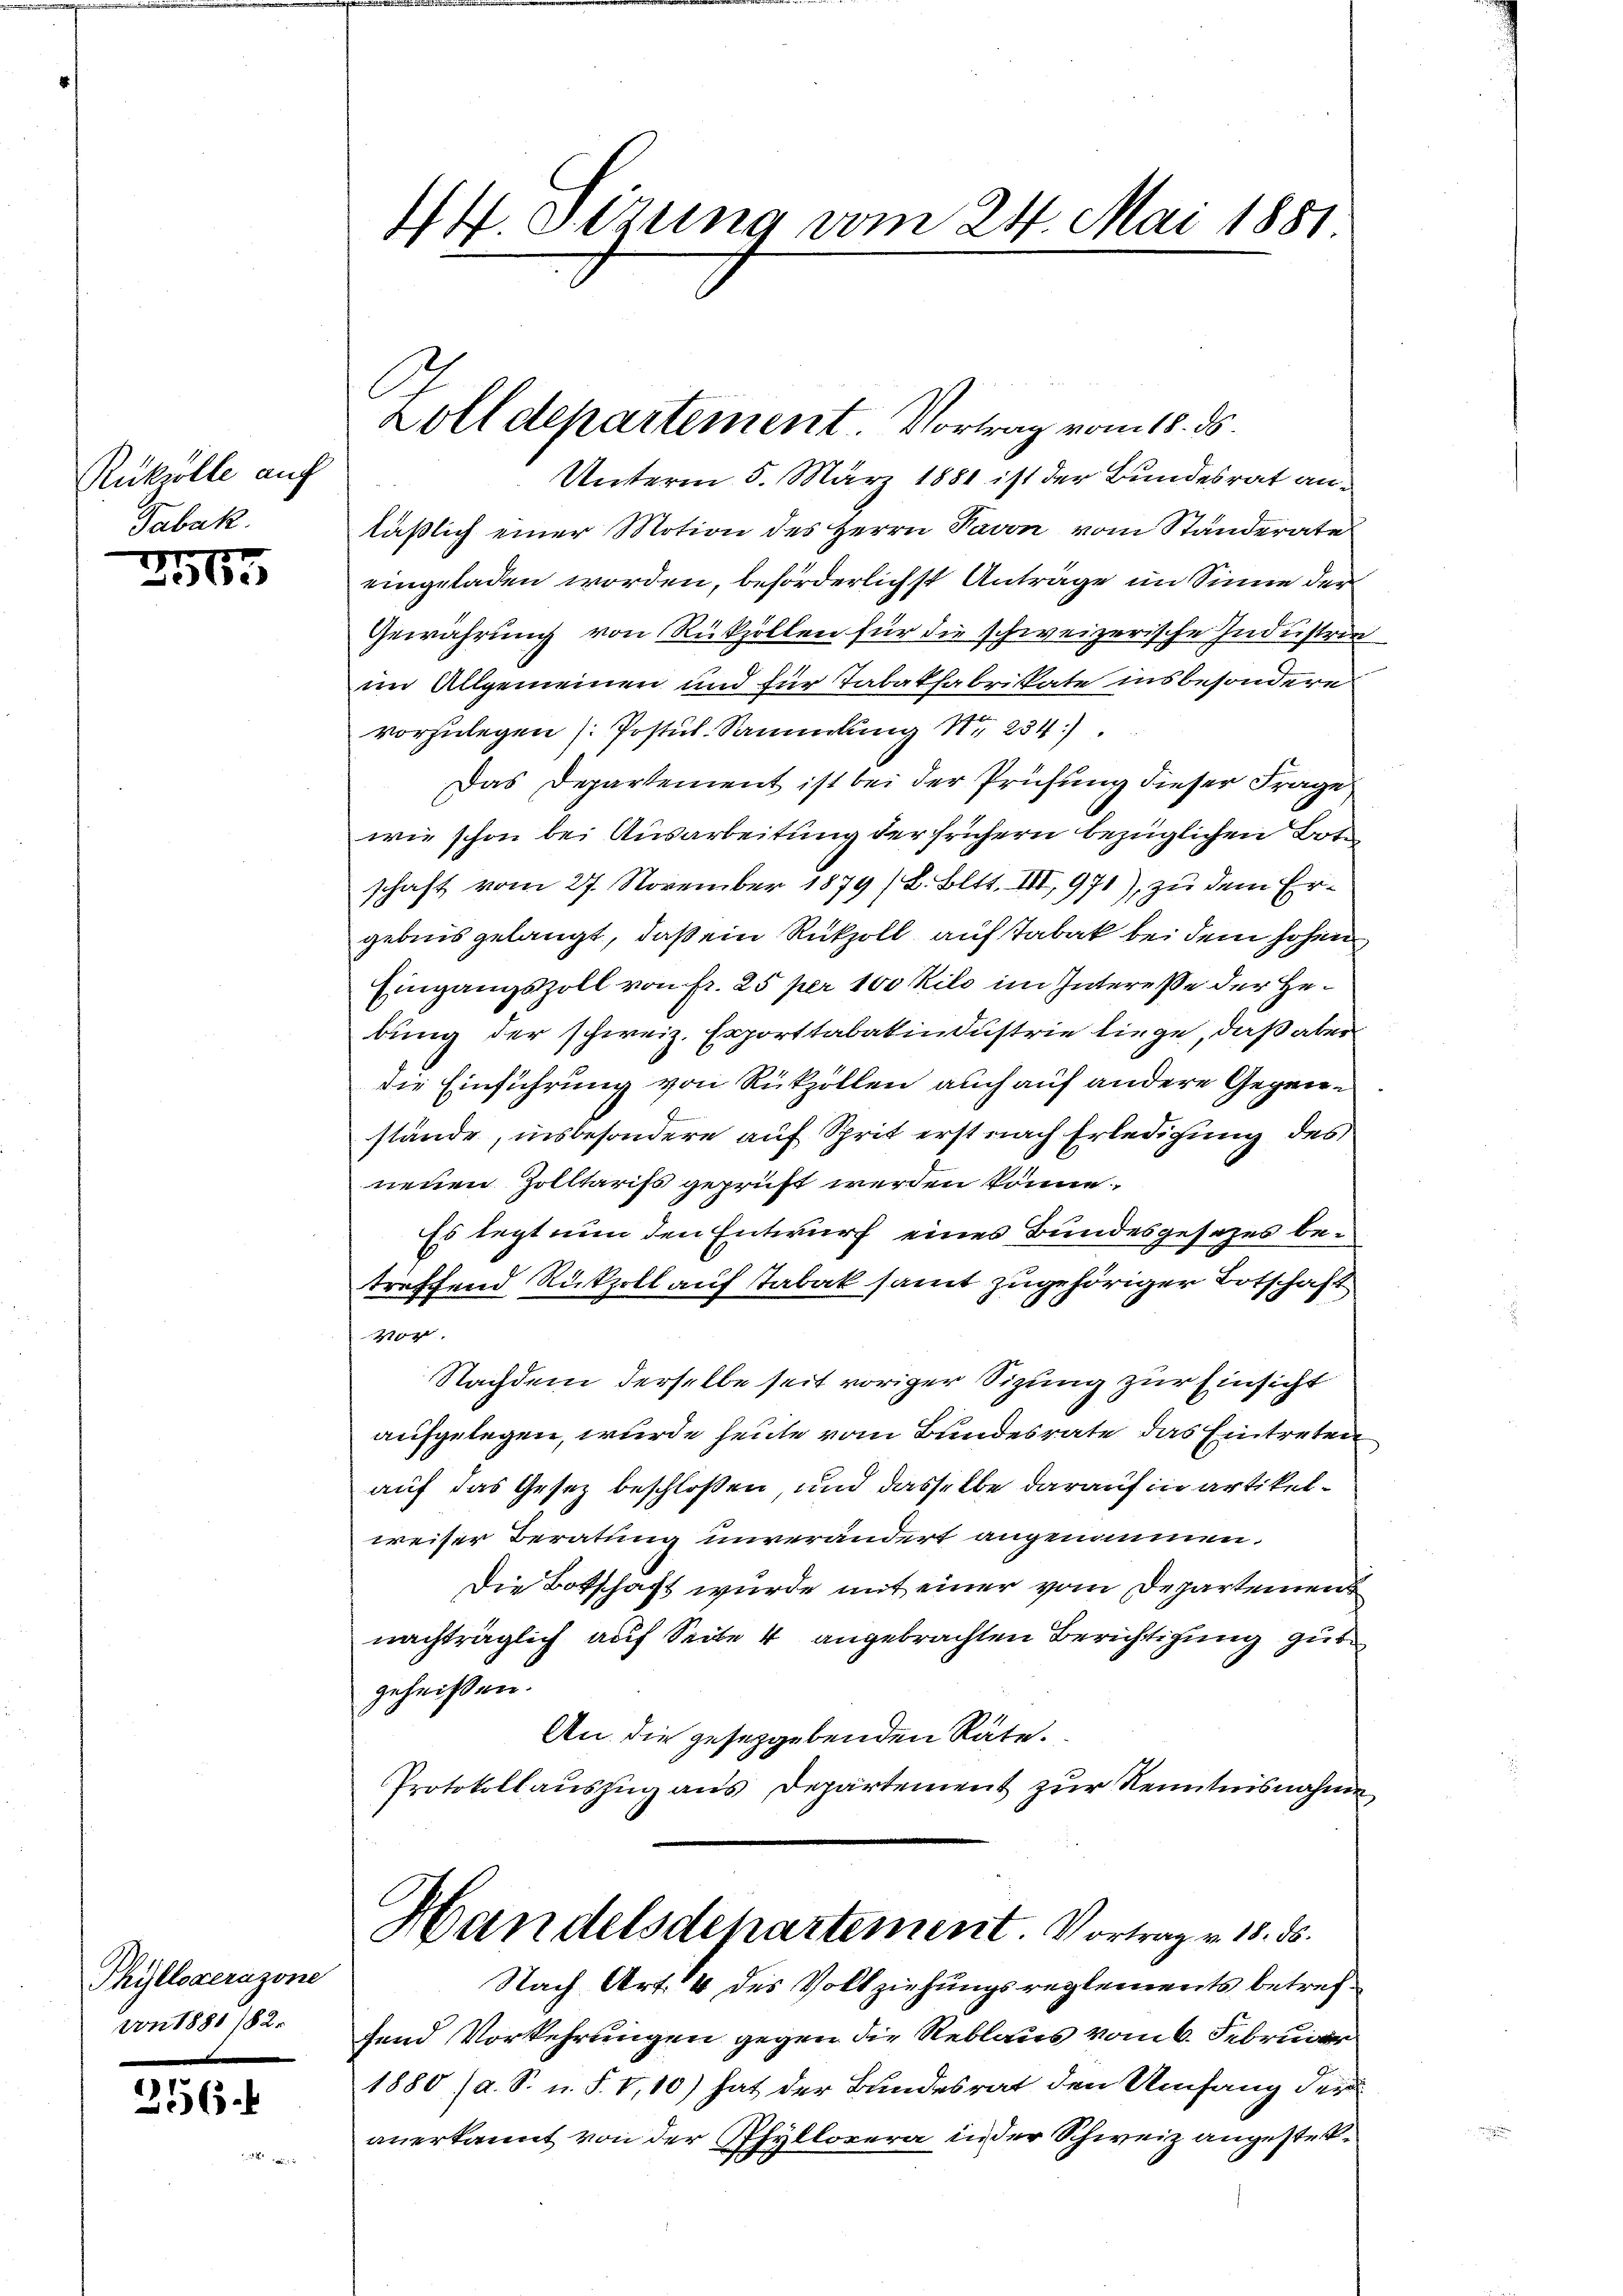
Rukvolle auf
Tabak.

3565

Phyllocerazone
von 1881/82.

256.

4. Stzung vom 24. Mai 1881
.

Zolldepartement Vortrag vom 18. ds.

Unterm 5. März 1881 ist der Bundesrat anläßlich einer Motion des Herrn Davon vom Standerate
eingeladen worden, beförderlichst Antrage im Sinne der
Gewährung von Rükzollen für die schweizerische Industrie
im Allgemeinen und für Tabakfabrikate insbesondere
vorzulegen (Postul Sammlung Nr. 234.
Das Departement ist bei der Prüfung dieser Frage
wie schon bei Ausarbeitung der frühern bezüglichen Botschaft vom 27. November 1879 (L. Bett. III, 971), zu dem Ergebnis gelangt, daß ein Rükzoll auf Tabak bei dem hohen
Eingangszoll von fr. 25 per 100 Kilo im Intereße der Gebung der schweiz. Exporttabakindustrie liege, daß aber
die Einführung von Rückzollen auch auf andere Gegenstände, insbesondere auf Sprit erst nach Erledigung des
neuen Zolltarifs geprüft werden könne.
Es legt nun den Entwurf eines Bundesgesezes betreffend Rückzoll auf Tabak samt zugehöriger Totschaft
Vor
Nachdem derselbe seit voriger Sizung zur Einsicht
aufgelegen, wurde heute vom Bundesrate das Eintreten
auf das Gesez beschlossen, und dasselbe darauf in artikelweiser Beratung unverändert angenommen.
Die Botschaft wurde mit einer vom Departemen
nachträglich auf Seite 4 angebrachten Berichtigung gute
geheißen.
An die gesetzgebenden Räte.
Protokollauszug aus Departement zur Kenntnisnahme
Handelsdepartement. Vortrag v. 18. ds.
Nach Art. 4 des Vollziehungsreglements betreffend Vorkehrungen gegen die Reblaus vom 6. Februar
1880 (a. S. u. S. I,10) hat der Bundesrat den Umfang der
anerkannt von der Phyllorera in der Schweiz angester¬